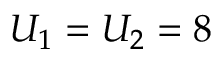
U _ { 1 } = U _ { 2 } = 8